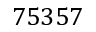
7 5 3 5 7